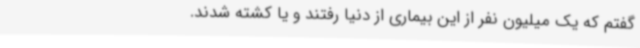
گفتم که یک میلیون نفر از این بیماری از دنیا رفتند و یا کشته شدند.